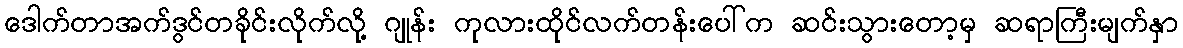
ဒေါက်တာအက်ဒွင်တခိုင်းလိုက်လို့ ဂျုန်း ကုလားထိုင်လက်တန်းပေါ်က ဆင်းသွားတော့မှ ဆရာကြီးမျက်နှာ